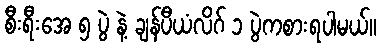
စီးရီးအေ ၅ ပွဲ နဲ့ ချန်ပီယံလိဂ် ၁ ပွဲကစားရပါမယ်။